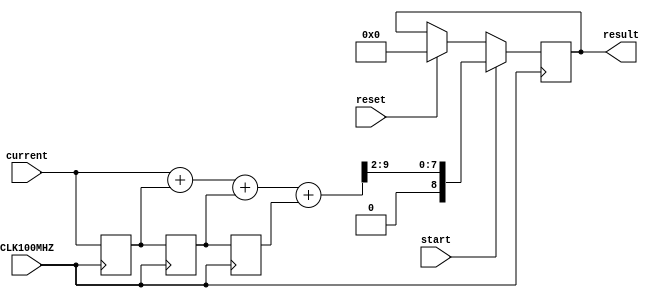
`timescale 1ns / 1ps
//////////////////////////////////////////////////////////////////////////////////
// 
// Design Name: 
// Module Name: filter
// Project Name: 
// Target Devices: 
// Tool Versions: 
// Description: 
// 
// Dependencies: 
// 
// Revision:
// Revision 0.01 - File Created
// Additional Comments:
// 
//////////////////////////////////////////////////////////////////////////////////


module filter(
    input CLK100MHZ,
    input signed [8:0] current,
    
    input reset,
    input start,
    output signed [8:0] result
    );
    
    reg signed [9:0] sum = 0;
    reg signed [8:0] out = 0;
    
    reg signed [8:0] delay = 0;
    reg signed [8:0] delay2 = 0;
    reg signed [8:0] delay3 = 0; //4-byte moving avg
    
    always@(posedge CLK100MHZ) begin
    
        if(reset == 1) begin
            sum = 0;
            out = 0;
        end
        
        if(start == 1) begin
            sum = current + delay + delay2 + delay3;
            out = sum >> 2; //divide by 4
        end
        
        delay3 = delay2;
        delay2 = delay;
        delay = current;
        
    end
    
    assign result = out;
    
endmodule